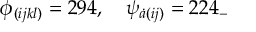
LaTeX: \phi _ { ( i j k l ) } = 2 9 4 , \quad \psi _ { \dot { a } ( i j ) } = 2 2 4 _ { - }